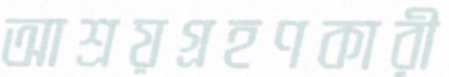
আশ্রয়গ্রহণকারী